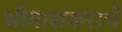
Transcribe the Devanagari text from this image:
भीमाशंकराचे